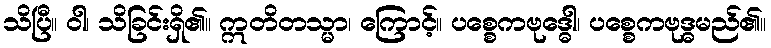
သိပြီ။ ဝါ၊ သိခြင်းရှိ၏။ ဣတိတသ္မာ၊ ကြောင့်။ ပစ္စေကဗုဒ္ဓေါ၊ ပစ္စေကဗုဒ္ဓမည်၏။